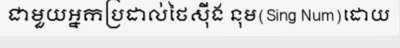
ជាមួយអ្នកប្រដាល់ថៃស៊ីង នុម(Sing Num)ដោយ